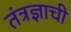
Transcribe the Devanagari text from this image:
तंत्रज्ञाची